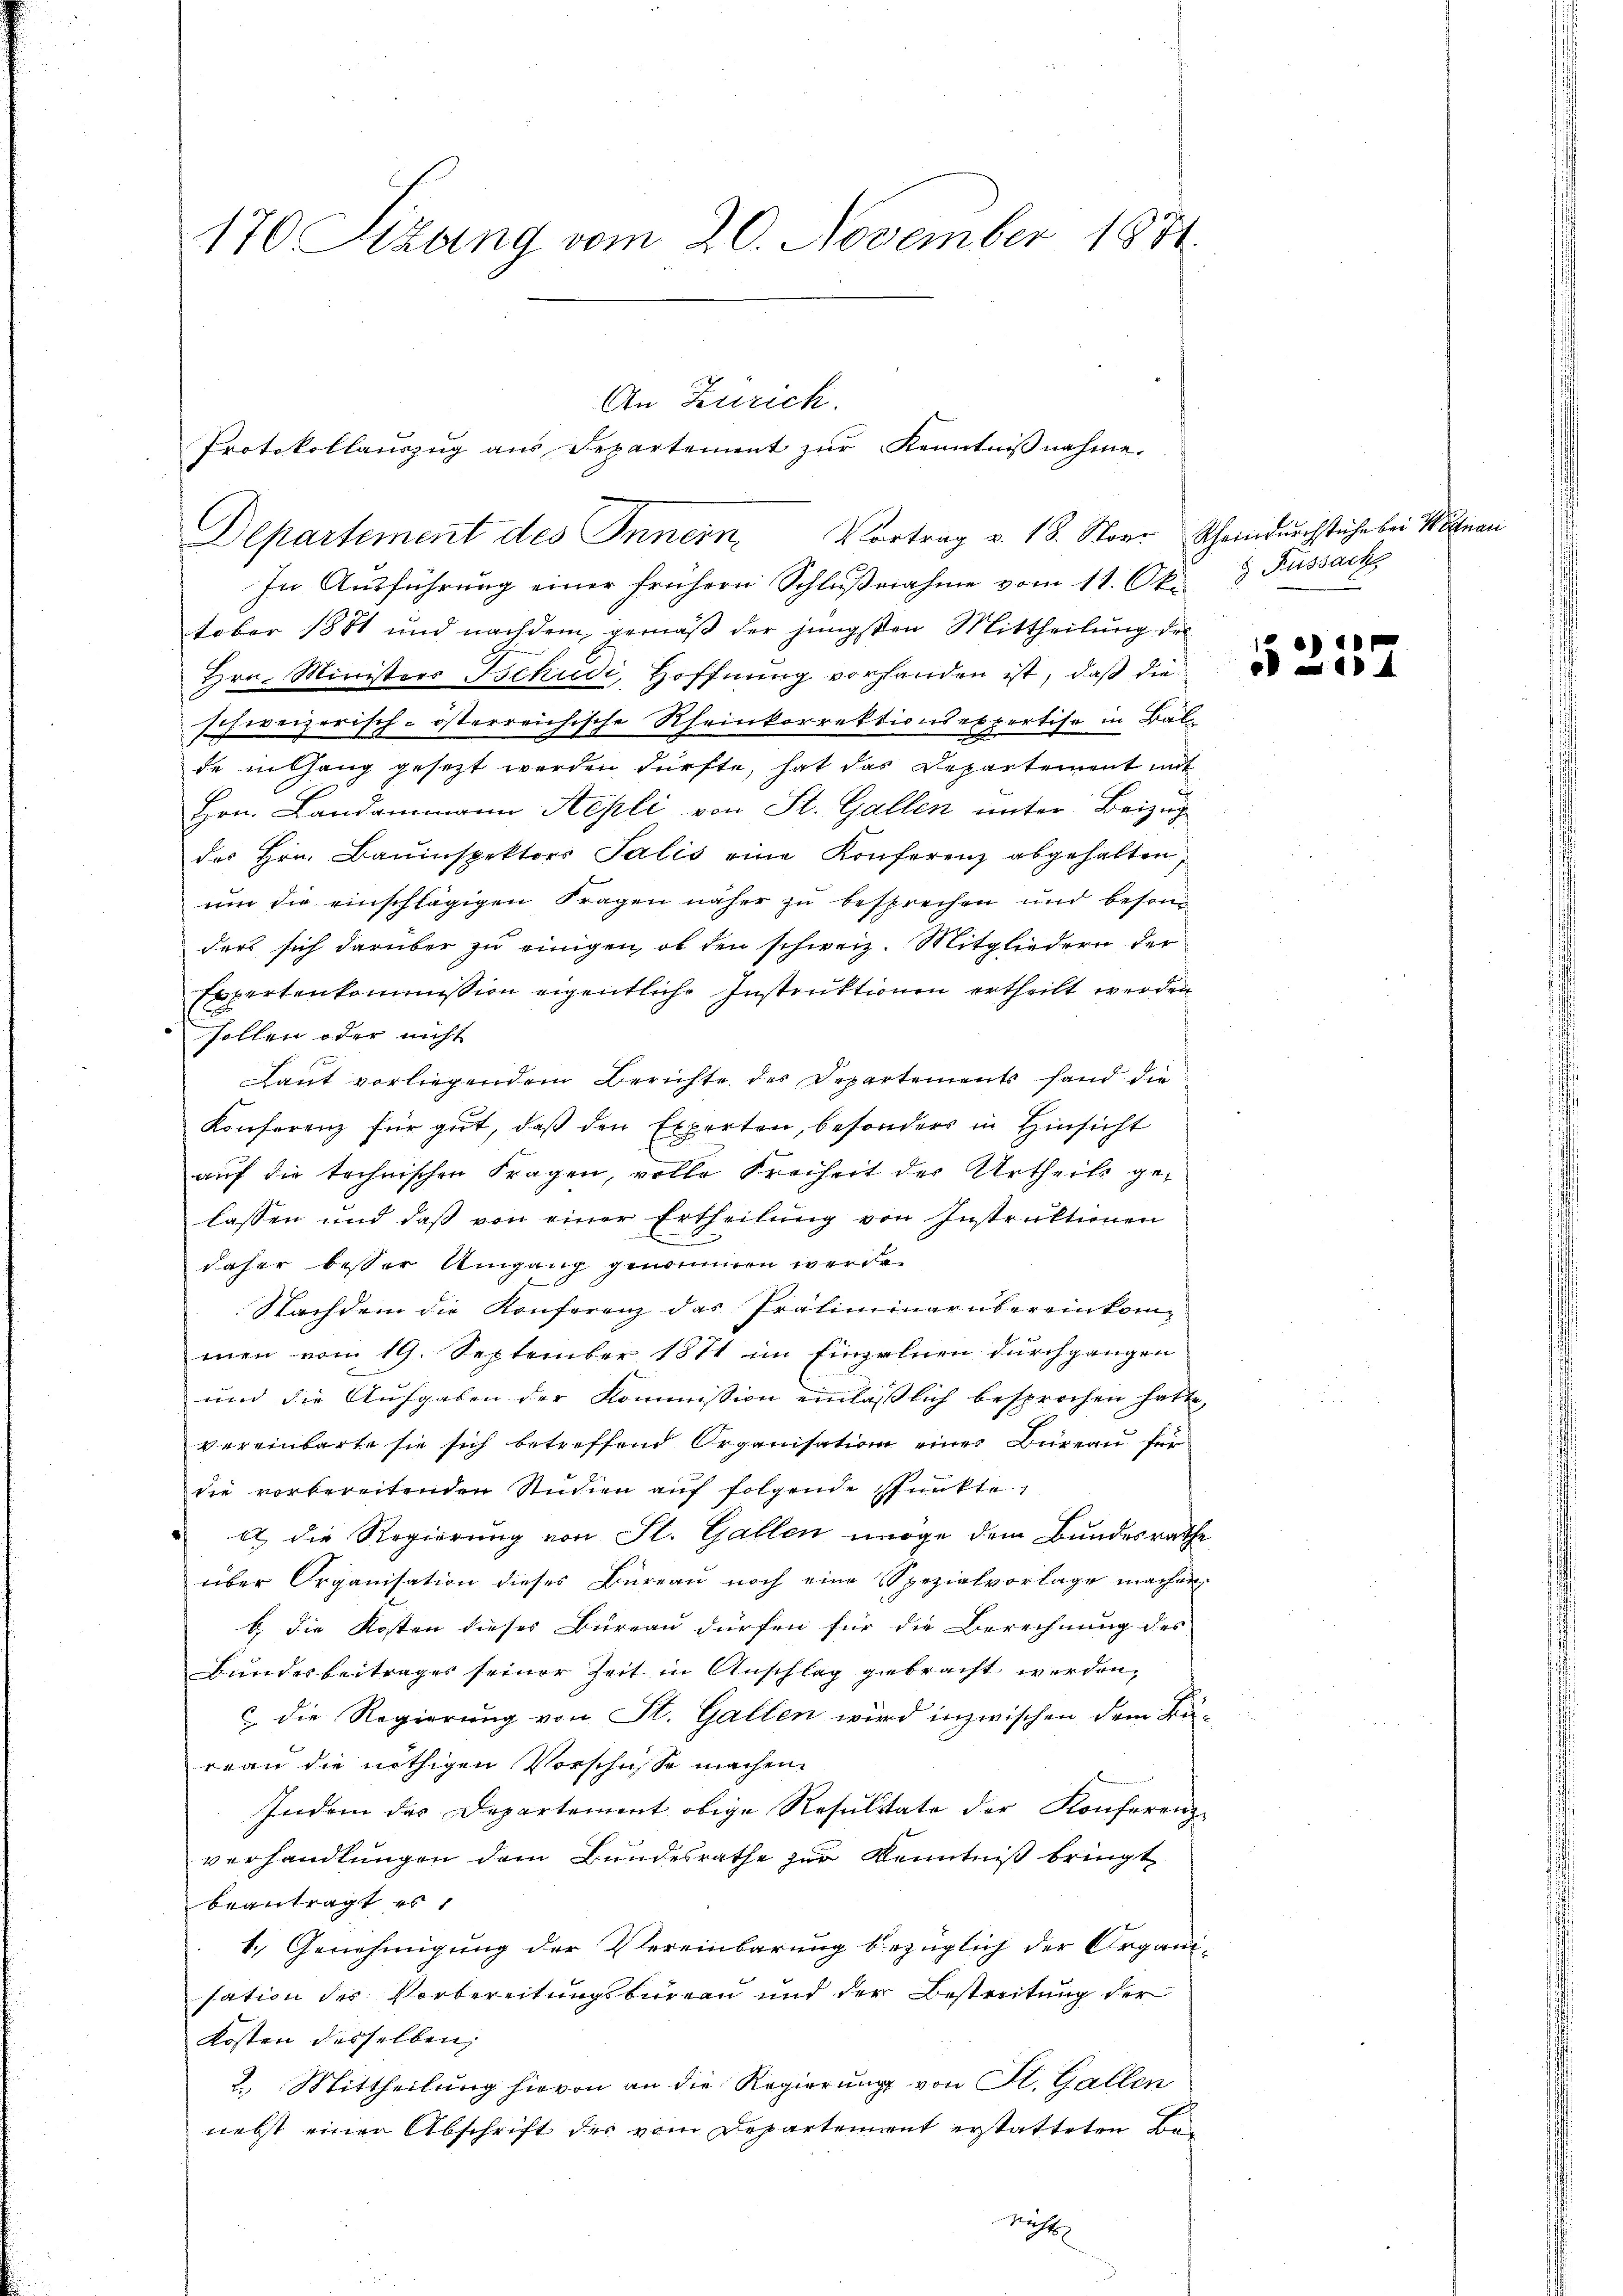
170 Sizung vom 20. November 1871.

An Zürich.
Protokollaŭszŭg aŭs Departement zŭr Kenntniβnahme.
Departement des Innern Vortrag v. 18. Nover Schwindurchstühr bei Monan

In Ausführung einer frühern Schlŭβnahme vom 11. Okt. 8 Fussach
tober 1881 und nachdem gemäβ der jüngsten Mittheilung der
Hrn. Ministers Tschudi, Hoffnung vorhanden ist, daß die
schweizerisch-österreichische Rheinkorrektionsexpertise in Bal
de in Gang gesezt werden dürfte, hat das Departement mit
Hrn. Landammann Repli von St. Gallen unter Beizug
des Hrn. Bauinspektors Salis eine Konferenz abgehalten,
um die einschlägigen Fragen näher zu besprechen und besonders sich darüber zu einigen, ob den schweiz. Mitgliedern der
Expertenkommission eigentliche Instruktionen ertheilt werden
sollen oder nicht
Laut vorliegendem Berichte der Departements fand die
Konferenz für gut, daß den Experten, besonders in Hinsicht
auf die technischen Fragen, volle Freiheit der Urtheils gelassen und daß von einer Ertheilŭng von Instruktionen
daher besser Umgang genommen werde.
2
Nachdem die Konferenz das Präliminarübereinkommen vom 19. September 1874 im Einzelnen durchgangen
und die Aufgaben der Kommission einlässlich besprochen hatte.
vereinbarte sie sich betreffend Organisation einer Büreau für
die vorbereitenden Studien auf folgende Punkte
a die Regierung von St. Gallen möge dem Bundesrathe
über Organisation dieses Büreau noch eine Spezialvorlage machen,
b. die Kosten dieses Bureau dürfen für die Berechnung des
Bundesbeitrages seiner Zeit in Anschlag gebracht werden,
c die Regierung von St. Gallen wird inzwischen dem Kä-
wan die nöthigen Vorschüsse machen
Indem der Departement obige Resultate der Konferenzverhandlungen dem Bundesrathe zur Kenntniß bringt
beantragt, es
1.) Genehmigung der Vereinbarung bezüglich der Organisation des Vorbereitungsbureau und der Bestreitung der
Kosten desselben,
2. Mittheilung hievon an die Regierung von St. Gallen
nebst einer Abschrift der vom Departement erstatteten Be¬
Nächt

a
4